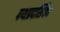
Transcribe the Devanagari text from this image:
पथप्रदर्शिका